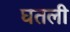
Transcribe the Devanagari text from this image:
घतली